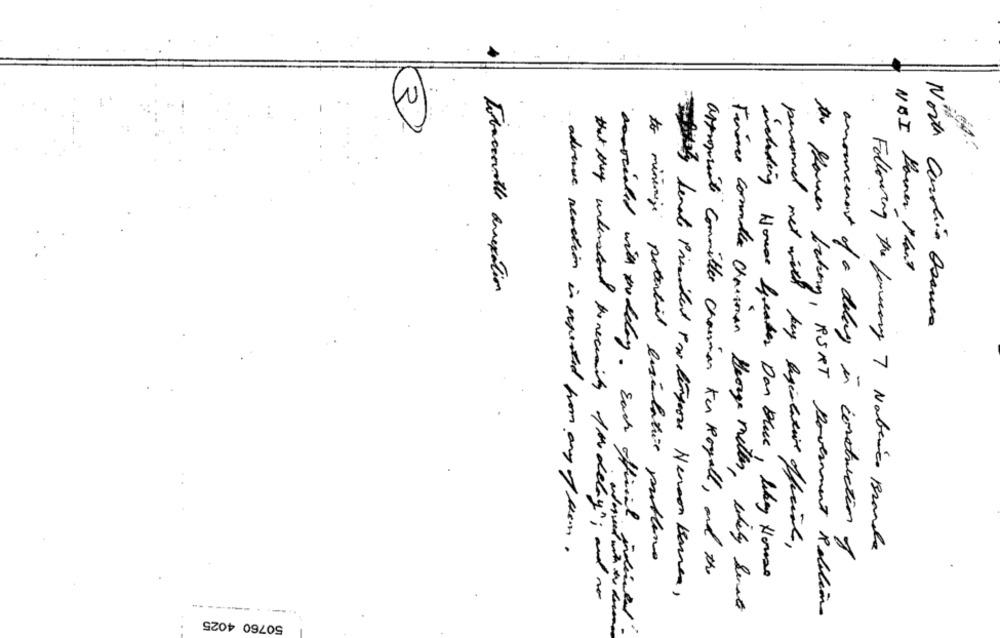
NOI Power Plant
Tobaccovolte annexation
North Carolina Osarea
personnel met will bey agentative officiate,
Following the farscary 7 Nabérico Branda
adverse reaction is repeated from any of them.
announcement of a delay in construction of
to minimize potential ligilatie probleme
appropriate committee chairman ker Royall, and the
including House Seaber Dan Blue, liby House
satiety Lenale President Fw tinycore Henson Karen,
that they understand the necessity for delay" ; and no
Finance committe chairman George metter, likely Senate
andarsent with the docs
the Haver bakony, BORT Government Relations
50760 4025
dosocialed with mudday . Each official julieta